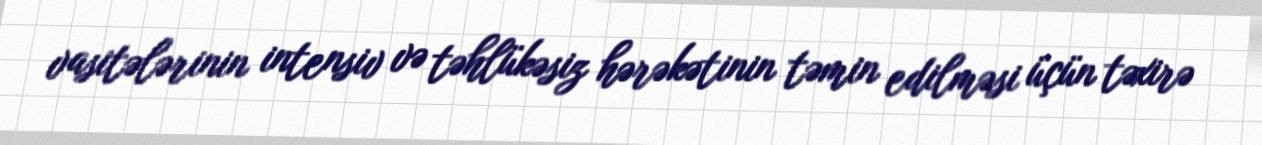
vasitələrinin intensiv və təhlükəsiz hərəkətinin təmin edilməsi üçün təxirə